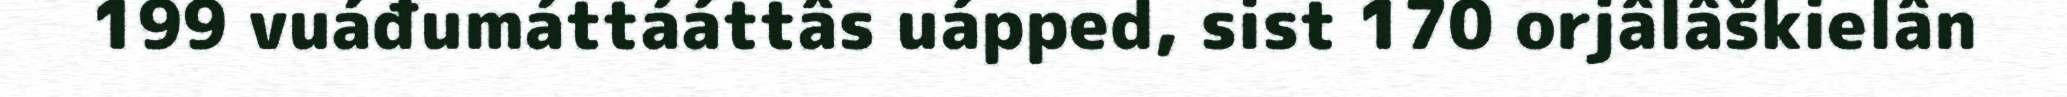
199 vuáđumáttááttâs uápped, sist 170 orjâlâškielân